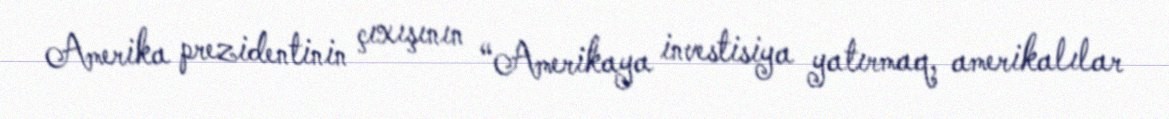
Amerika prezidentinin çıxışının “Amerikaya investisiya yatırmaq, amerikalılar